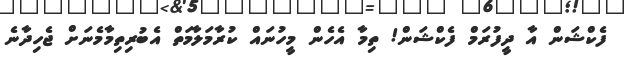
ފެކްޝަން އާ ދީފުރަމް ފެކްޝަން! ތިމާ އެހެން މީހުނައް ކުރާމަލާމަތް އެބުރިތިމާމެނަށް ޖެހިދާނެ